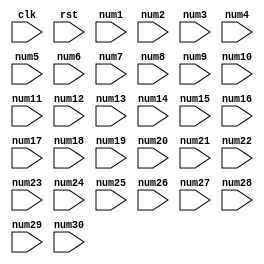
module top
(
  input clk,
  input rst,
  input [4:0] num1,
  input [4:0] num2,
  input [4:0] num3,
  input [4:0] num4,
  input [4:0] num5,
  input [4:0] num6,
  input [4:0] num7,
  input [4:0] num8,
  input [4:0] num9,
  input [4:0] num10,
  input [4:0] num11,
  input [4:0] num12,
  input [4:0] num13,
  input [4:0] num14,
  input [4:0] num15,
  input [4:0] num16,
  input [4:0] num17,
  input [4:0] num18,
  input [4:0] num19,
  input [4:0] num20,
  input [4:0] num21,
  input [4:0] num22,
  input [4:0] num23,
  input [4:0] num24,
  input [4:0] num25,
  input [4:0] num26,
  input [4:0] num27,
  input [4:0] num28,
  input [4:0] num29,
  input [4:0] num30
);

  reg [9:0] res1;
  reg [9:0] res1Nxt;
  reg [9:0] res2;
  reg [9:0] res2Nxt;
  reg [9:0] res3;
  reg [9:0] res3Nxt;
  reg [9:0] res4;
  reg [9:0] res4Nxt;
  wire [9:0] out1;
  wire [9:0] out2;
  wire [9:0] out3;
  wire [9:0] out4;
  reg [9:0] in1;
  reg [9:0] in2;
  reg [9:0] in3;
  reg [9:0] in4;
  reg [9:0] in5;
  reg [9:0] in6;
  reg [9:0] in7;
  reg [9:0] in8;
  reg [4:0] counter;
  reg [4:0] counterNxt;
  assign out1 = in1 + in2;
  assign out2 = in3 + in4;
  assign out3 = in5 + in6;
  assign out4 = in7 + in8;

  always @(posedge clk) begin
    counter <= counterNxt;
    res1 <= res1Nxt;
    res2 <= res2Nxt;
    res3 <= res3Nxt;
    res4 <= res4Nxt;
  end


  always @(*) begin
    res1Nxt = res1;
    res2Nxt = res2;
    res3Nxt = res3;
    res4Nxt = res4;
    counter = counter + 1;
    if(rst) begin
      res1Nxt = 0;
      res2Nxt = 0;
      res3Nxt = 0;
      res4Nxt = 0;
      counterNxt = 0;
    end else begin
      case(counter)
        0: begin
          in1 = num1;
          in2 = num2;
          in3 = num3;
          in4 = num4;
          in5 = num5;
          in6 = num6;
          in7 = num7;
          in8 = num8;
          resNxt1 = out1;
          resNxt2 = out2;
          resNxt3 = out3;
          resNxt4 = out4;
        end
        1: begin
          in1 = res1;
          in2 = num9;
          in3 = res2;
          in4 = num10;
          in5 = res3;
          in6 = num11;
          in7 = res4;
          in8 = num12;
          resNxt1 = out1;
          resNxt2 = out2;
          resNxt3 = out3;
          resNxt4 = out4;
        end
        2: begin
          in1 = res1;
          in2 = num13;
          in3 = res2;
          in4 = num14;
          in5 = res3;
          in6 = num15;
          in7 = res4;
          in8 = num16;
          resNxt1 = out1;
          resNxt2 = out2;
          resNxt3 = out3;
          resNxt4 = out4;
        end
        3: begin
          in1 = res1;
          in2 = num17;
          in3 = res2;
          in4 = num18;
          in5 = res3;
          in6 = num19;
          in7 = res4;
          in8 = num20;
          resNxt1 = out1;
          resNxt2 = out2;
          resNxt3 = out3;
          resNxt4 = out4;
        end
        4: begin
          in1 = res1;
          in2 = num21;
          in3 = res2;
          in4 = num22;
          in5 = res3;
          in6 = num23;
          in7 = res4;
          in8 = num24;
          resNxt1 = out1;
          resNxt2 = out2;
          resNxt3 = out3;
          resNxt4 = out4;
        end
        5: begin
          in1 = res1;
          in2 = num25;
          in3 = res2;
          in4 = num26;
          in5 = res3;
          in6 = num27;
          resNxt1 = out1;
          resNxt2 = out2;
          resNxt3 = out3;
        end
        6: begin
          in1 = res1;
          in2 = num28;
          in3 = res2;
          in4 = num29;
          in5 = res3;
          in6 = num30;
          resNxt1 = out1;
          resNxt2 = out2;
          resNxt3 = out3;
        end
        7: begin
          in1 = res1;
          in2 = res2;
          in3 = res3;
          in4 = res4;
          resNxt1 = out1;
          resNxt2 = out2;
        end
        8: begin
          in1 = res1;
          in2 = res2;
          resNxt1 = out1;
        end
      endcase
    end
  end


endmodule